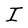
Character: I